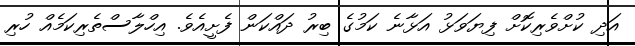
އަދި ކުށްވެރިކޮށް ފިޔަވަޅު އަޅާނެ ކަމުގެ ބިރު ދައްކަން ފެށީއެވެ. އިހްލާސްތެރިކަމެއް ހުރި